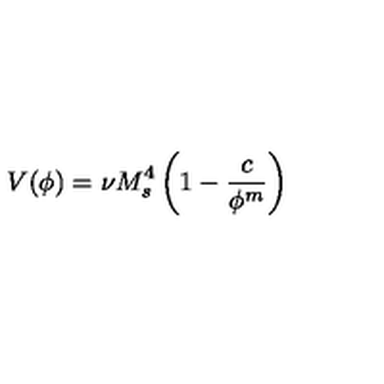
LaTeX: V ( \phi ) = \nu M _ { s } ^ { 4 } \left( 1 - \frac { c } { \phi ^ { m } } \right)